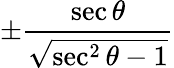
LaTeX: \pm{\frac{\sec\theta}{\sqrt{\sec^{2}\theta-1}}}